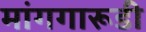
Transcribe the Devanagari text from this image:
मांगगारूडी